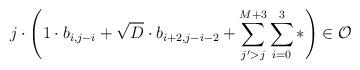
LaTeX: \begin{align*} j \cdot \left( 1 \cdot b_{i,j-i} + \sqrt{D} \cdot b_{i+2,j-i-2} + \sum^{M+3}_{j' > j} \sum^{3}_{i=0} \ast \right) \in \mathcal{O}\end{align*}